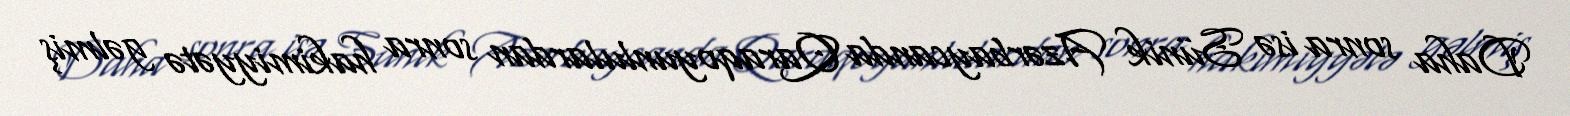
Daha sonra isə Sünik Azərbaycanda Qaraqoyunlulardan sonra hakimiyyətə gəlmiş